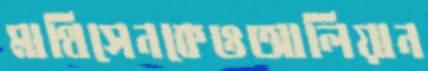
মাথিসেনকেওআলিয়ান